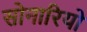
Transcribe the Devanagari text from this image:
सोनारियो